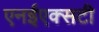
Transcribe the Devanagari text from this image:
एनईएक्सटी